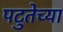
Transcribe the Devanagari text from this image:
पटुतेच्या